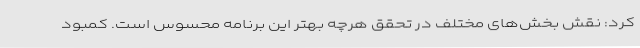
کرد: نقش بخش‌های مختلف در تحقق هرچه بهتر این برنامه محسوس است. کمبود